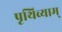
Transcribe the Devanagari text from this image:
पृथिव्याम्